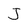
Character: J